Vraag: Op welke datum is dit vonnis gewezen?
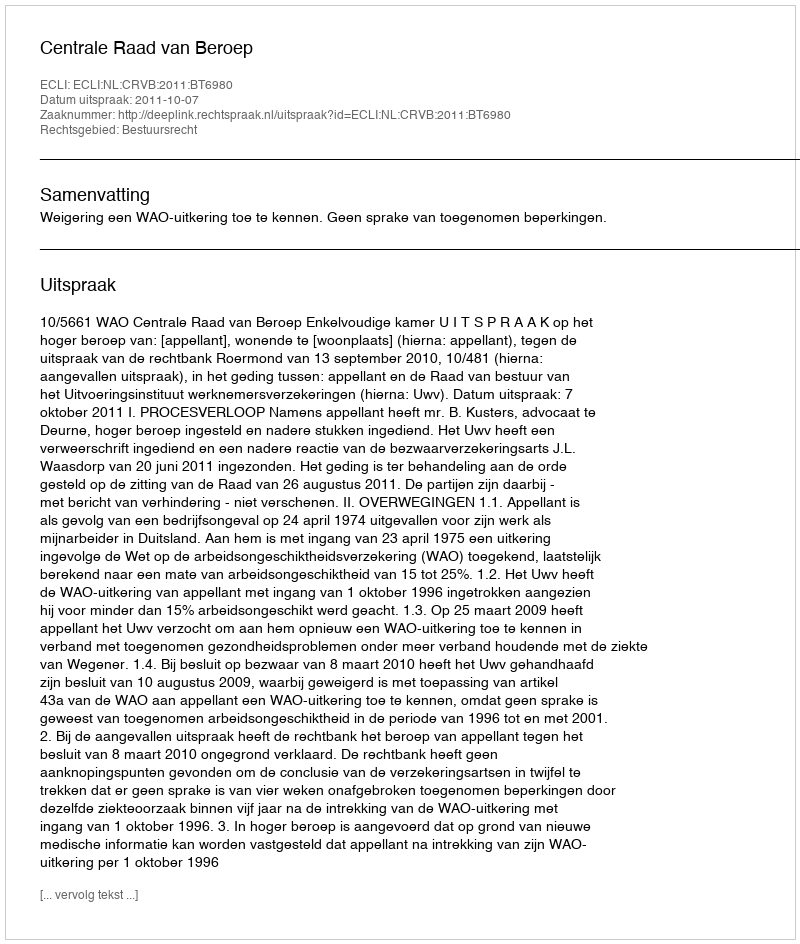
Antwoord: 2011-10-07